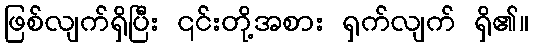
ဖြစ်လျက်ရှိပြီး ၎င်းတို့အစား ရှက်လျက် ရှိ၏။